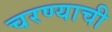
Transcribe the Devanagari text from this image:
चरण्याची